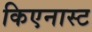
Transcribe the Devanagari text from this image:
किएनास्ट